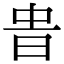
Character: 𣆊